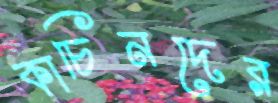
কাচিনদের